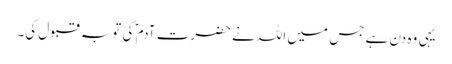
یہی وہ دن ہے جس میں اللہ نے حضرت آدم ؑ کی توبہ قبول کی۔